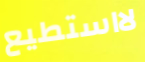
لااستطيع